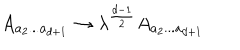
A _ { a _ { 2 } . . . a _ { d + 1 } } \rightarrow \lambda ^ { \frac { d - 1 } { 2 } } A _ { a _ { 2 } . . . a _ { d + 1 } }